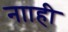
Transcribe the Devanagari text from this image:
नााही